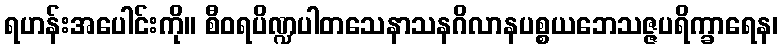
ရဟန်းအပေါင်းကို။ စီဝရပိဏ္ဍပါတသေနာသနဂိလာနပစ္စယဘေသဇ္ဇပရိက္ခာရေန၊